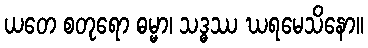
ယတေ စတုရော ဓမ္မာ၊ သဒ္ဓဿ ဃရမေသိနော။